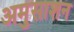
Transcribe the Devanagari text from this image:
अमुसाशन